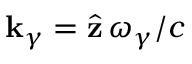
{ \bf k } _ { \gamma } = \hat { \bf z } \, \omega _ { \gamma } / c